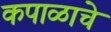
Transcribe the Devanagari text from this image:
कपाळाचे